Annual report on the Civil Veterinary Department, Burma (including the Insein Veterinary School) - 1923-1931
Year: 1923
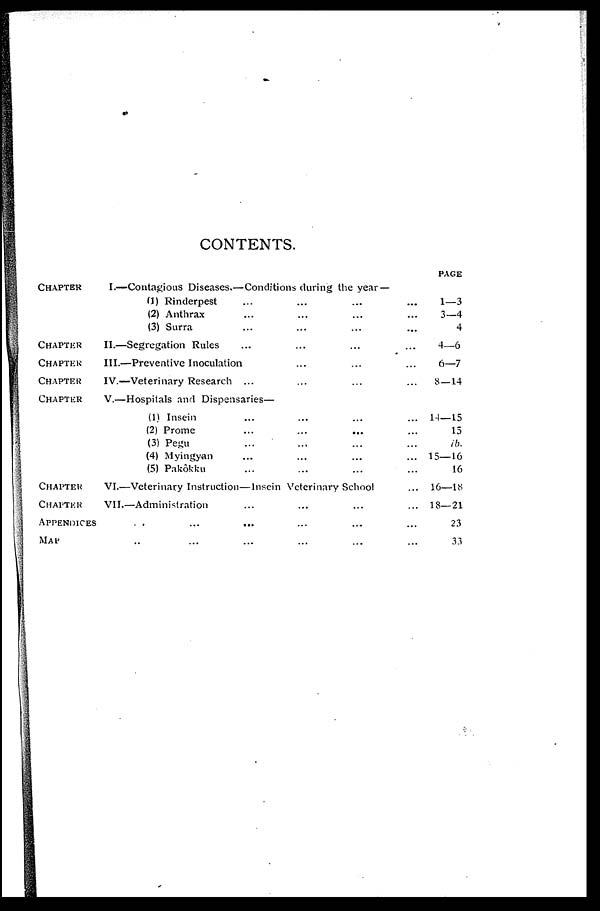
CONTENTS.
CHAPTER
CHAPTER
CHAPTER
CHAPTER
CHAPTER
CHAPTER
CHAPTER
APPENDICES
MAP
I.—Contagious Diseases.—Conditions during the year —
(1) Rinderpest ... ... ... ...
(2) Anthrax ... ... ... ...
(3) Surra ... ... ... ...
II.—Segregation Rules ... ... ... ...
III.—Preventive Inoculation ... ... ...
IV.—Veterinary Research ... ... ... ...
V.—Hospitals and Dispensaries—
(1) Insein ... ... ... ...
(2) Prome ... ... ... ...
(3) Pegu ... ... ... ...
(4) Myingyan ... ... ... ...
(5) Pakôkku ... ... ... ...
VI.—Veterinary Instruction—Insein Veterinary School ...
VII.—Administration ... ... ... ...
... ... ... ... ... ...
... ... ... ... ... ...
PAGE
1—3
3—4
4
4—6
6—7
8—14
14—15
15
ib.
15—16
16
16—18
18—21
23
33